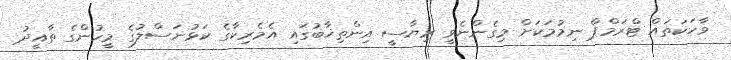
ވާހަކަތައް ޓްރަމްޕް ނިމުމަކަށް މިގެންނެވީ ރިޔާސީ އިންތިޚާބުގައި އެމެރިކާގެ ކަޅުނަސްލުގެ މީހުންގެ ތާއީދު